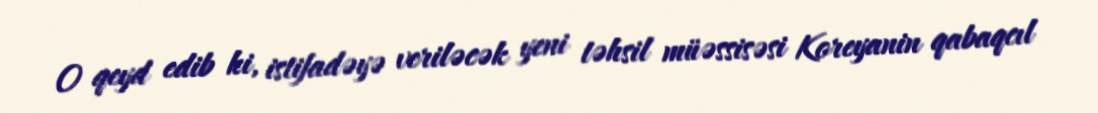
O qeyd edib ki, istifadəyə veriləcək yeni təhsil müəssisəsi Koreyanin qabaqcıl